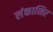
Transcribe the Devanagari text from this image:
लंकाशिर